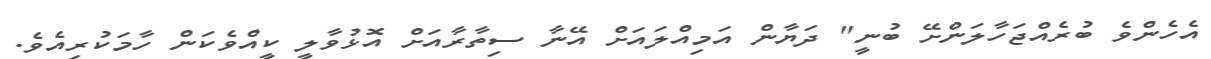
އެހެންވެ ބުރެއްޖަހާލަންށޭ ބުނީ" ދަޔާން އަމިއްލައަށް އޭނާ ސިތާރާއަށް އޮޅުވާލީ ކީއްވެކަން ހާމަކުރިއެވެ.